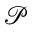
\mathcal P